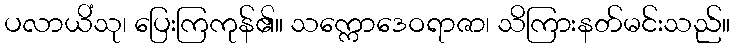
ပလာယိံသု၊ ပြေးကြကုန်၏။ သက္ကောဒေဝရာဇာ၊ သိကြားနတ်မင်းသည်။